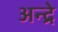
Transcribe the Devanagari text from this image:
अन्द्रे